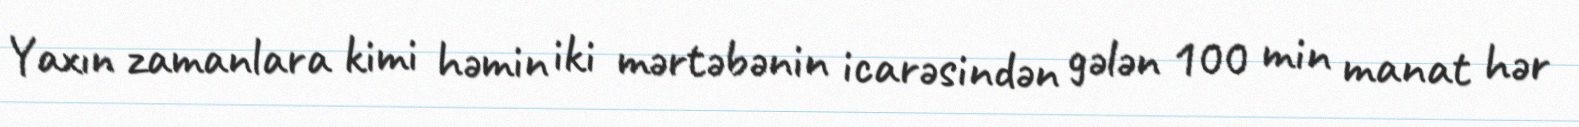
Yaxın zamanlara kimi həmin iki mərtəbənin icarəsindən gələn 100 min manat hər